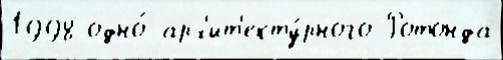
1998 одно́ арх'ит'екту́рного Ротонда